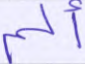
ألم